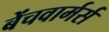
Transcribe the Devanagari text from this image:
बेंचवार्मर्स